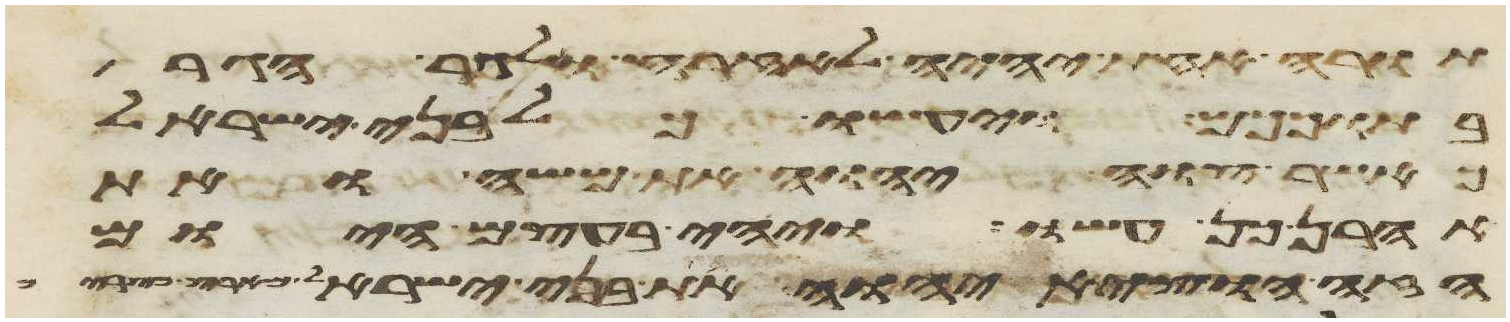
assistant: תורה אחת יהיה לאזרח ולגר הגר
בתוככם ויעשו כל בני ישראל
כאשר צוה יהוה את משה ואת
אהרן כן עשו ויהי בעצם היום
הזה הוציא יהוה את בני ישראל מארץ